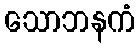
သောဘနကံ